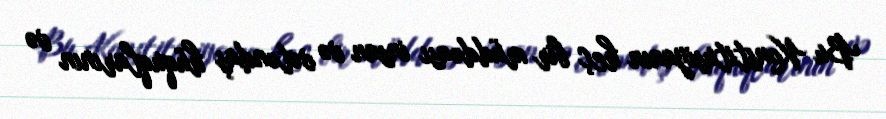
Bu Konstitusiyanın heç bir müddəası insan və vətəndaş hüquqlarının və